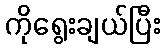
ကိုရွေးချယ်ပြီး